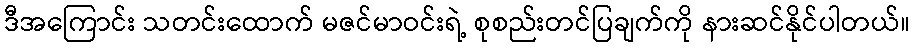
ဒီအကြောင်း သတင်းထောက် မဇင်မာဝင်းရဲ့ စုစည်းတင်ပြချက်ကို နားဆင်နိုင်ပါတယ်။